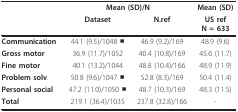
|  | <COLSPAN=2> Mean (SD)/N | Mean (SD) |
 |  | Dataset | N.ref | US refN = 633 |
 | --- | --- | --- | --- |
 | Communication | 44.1 (9.5)/1048 ■ | 46.9 (9.2)/169 | 48.9 (9.6) |
 | Gross motor | 36.9 (11.7)/1052 | 40.4 (10.8)/169 | 45.6 (11.7) |
 | Fine motor | 40.1 (13.2)/1044 | 48.8 (10.4)/166 | 48.9 (11.9) |
 | Problem solv. | 50.8 (9.6)/1047 ■ | 52.8 (8.3)/169 | 50.4 (11.4) |
 | Personal social | 47.2 (11.0)/1050 ■ | 48.7 (10.3)/169 | 48.3 (11.5) |
 | Total | 219.1 (36.4)/1035 | 237.8 (32.8)/166 | - |